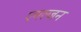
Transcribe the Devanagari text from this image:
एमल्ज़न